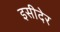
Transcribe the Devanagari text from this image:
इसीदेर